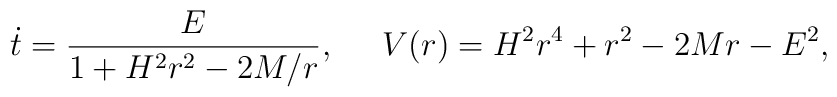
\dot{t}=\frac{E}{1+H^2r^2-2M/r},\;\;\;\;\;V(r)=H^2r^4+r^2-2Mr-E^2,